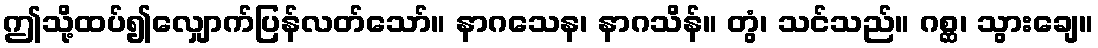
ဤသို့ထပ်၍လျှောက်ပြန်လတ်သော်။ နာဂသေန၊ နာဂသိန်။ တွံ၊ သင်သည်။ ဂစ္ဆ၊ သွားချေ။